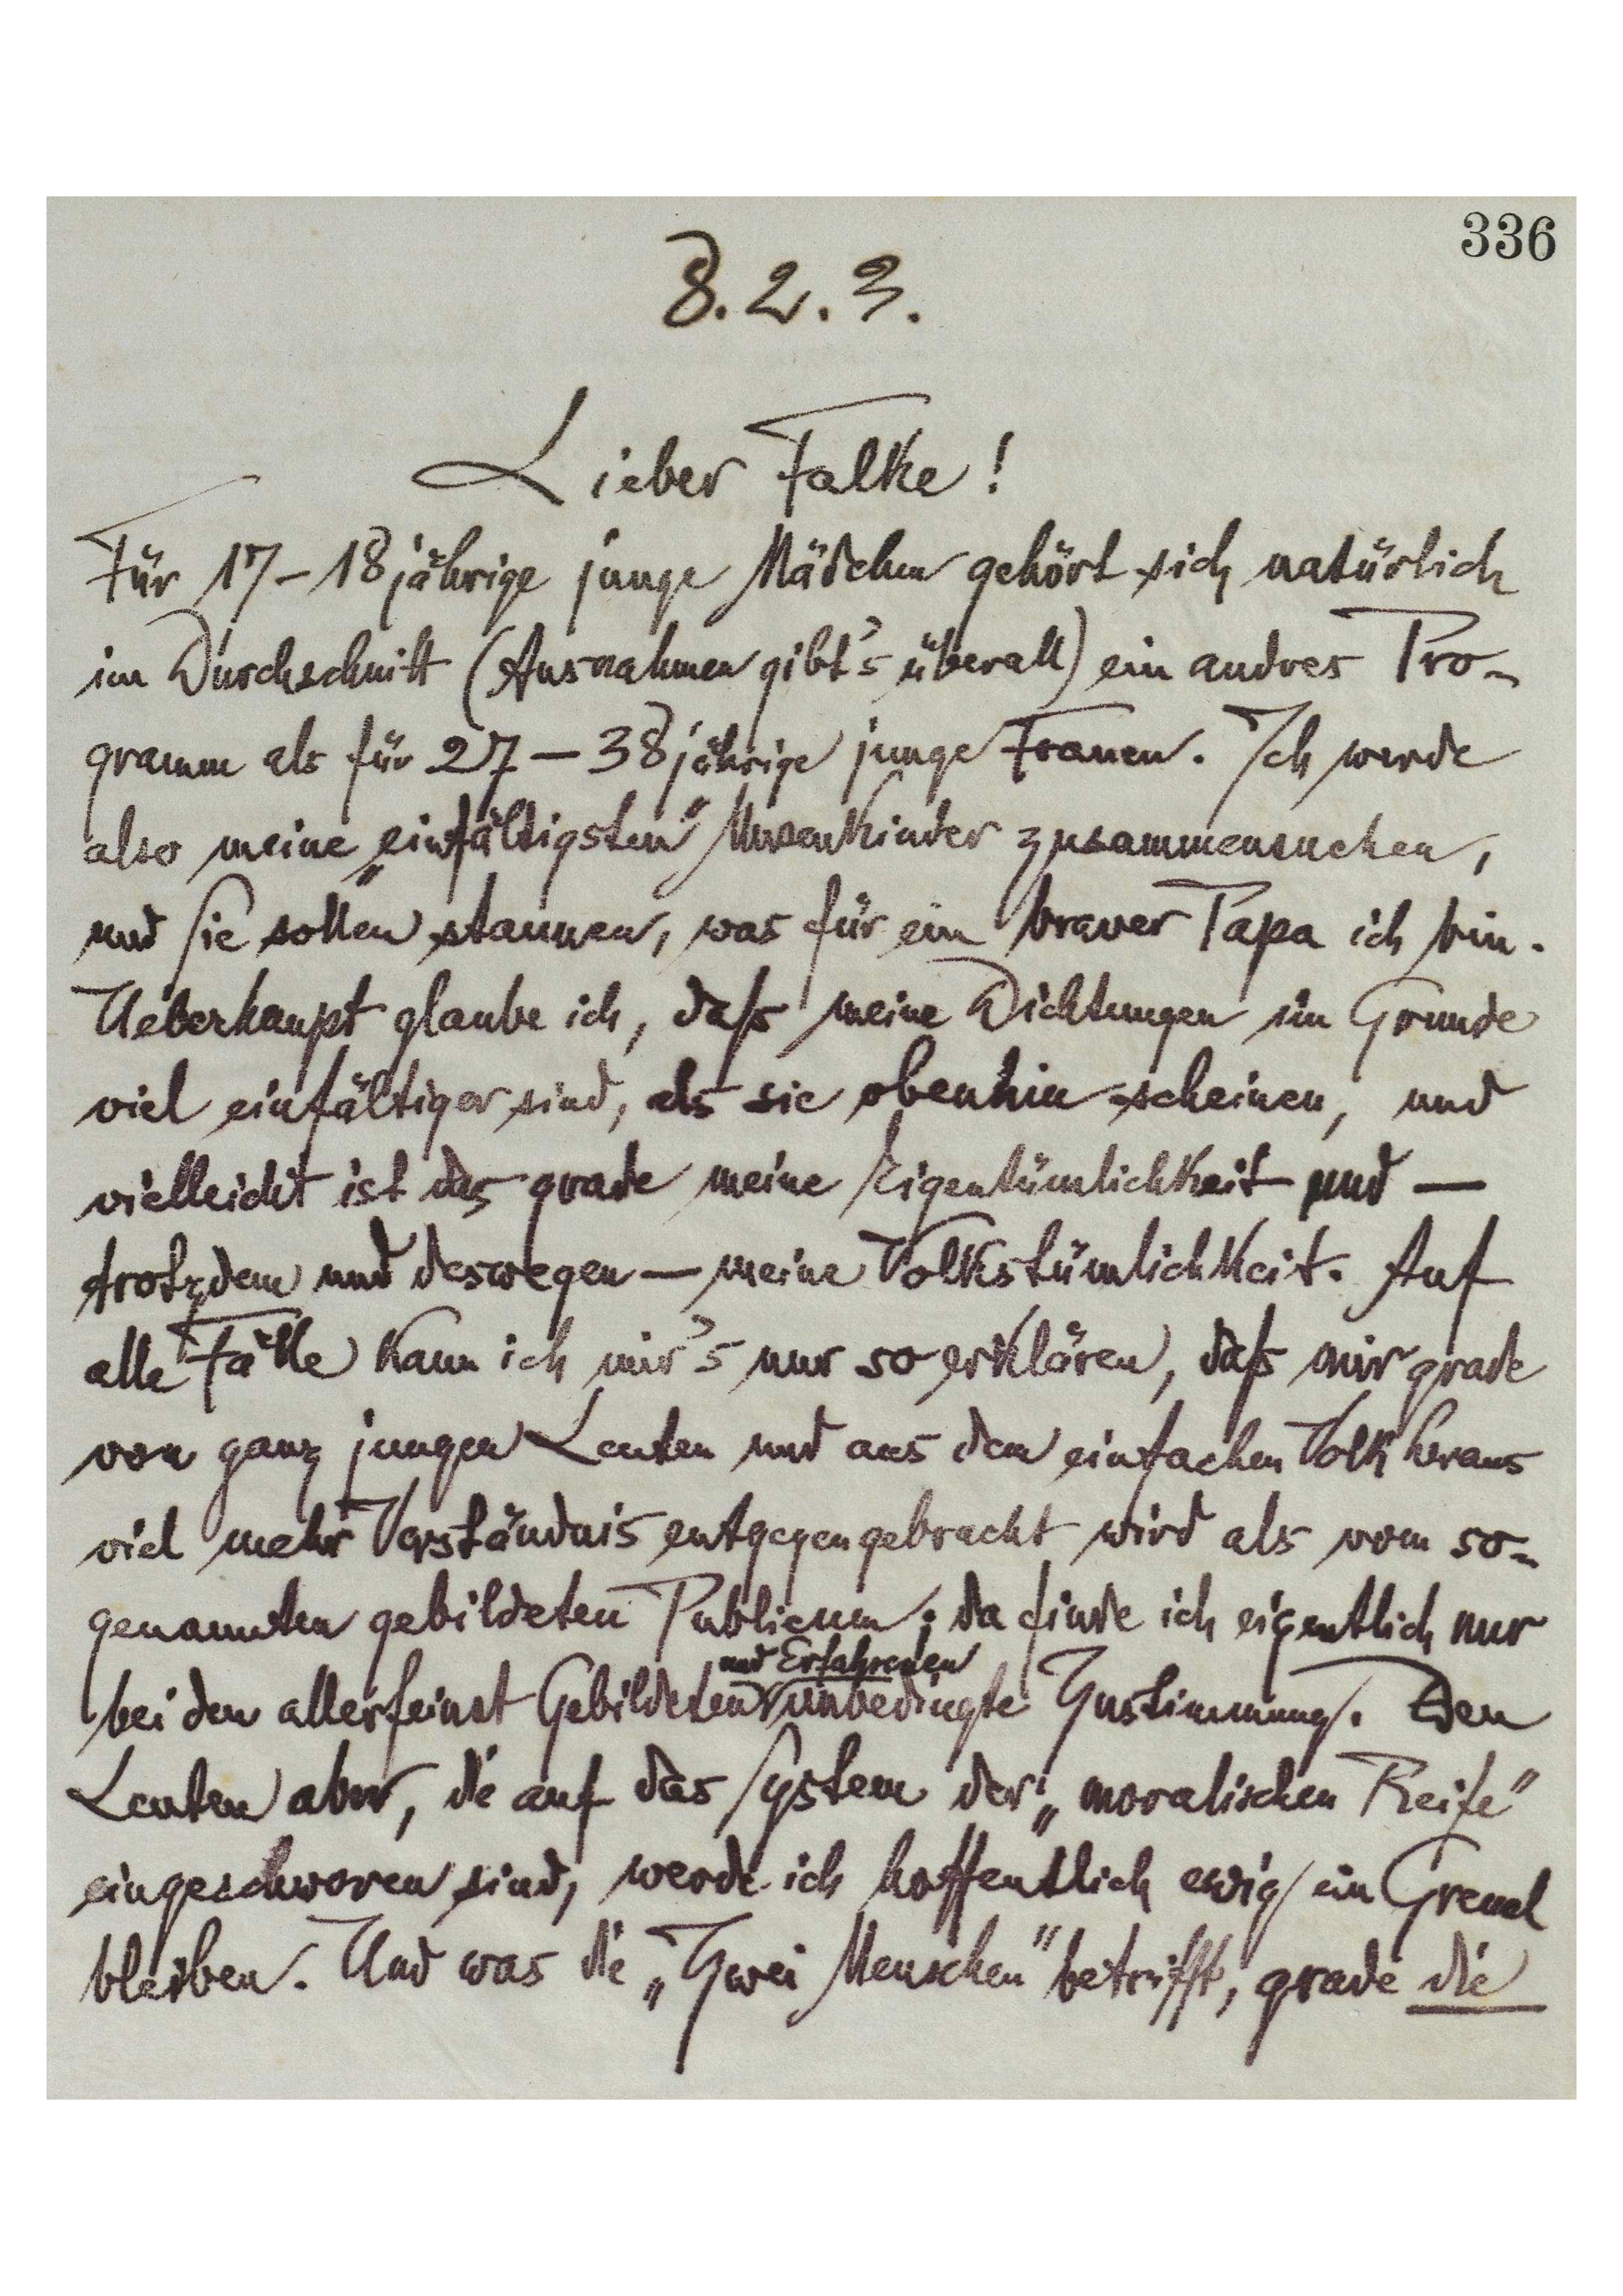
336
8.2.3
Lieber Falke!
Für 17–18jährige junge Mädchen gehört sich natürlich
im Durchschnitt (Ausnahmen gibt's überall) ein andres Pro-
gramm als für 27–38 jährige junge Frauen. Ich werde
also meine „einfältigsten" Musenkinder zusammensuchen,
nur Sie sollen staunen, was für ein braver Papa ich bin.
Überhaupt glaube ich, daß meine Dichtungen im Grunde
viel einfältiger sind, als sie obenhin scheinen, und
vielleicht is das grade meine Eigentümlichkeit und –
trotzdem und deswegen – meine Volkstümlichkeit. Auf
alle Fälle kann ich mir's nur so erklären, daß mir grade
von ganz jungen Lauten nur aus dem einfachen Volk heraus
viel mehr Verständnis entgegengebracht wird als vom so-
genannten gebildeten Publicum; da finde ich eigentlich nur
bei den allerfeinst Gebildeten
und Erfahrenen
unbedingte Zustimmung. Den
Leuten aber, die auf das System der „moralischen Reife"
eingeschworen sind, werde ich hoffentlich ewig ein Greuel
bleiben. Und was die „Zwei Menschen" betrifft, grade die